Scottish Leaving Certificate Examination, 1951
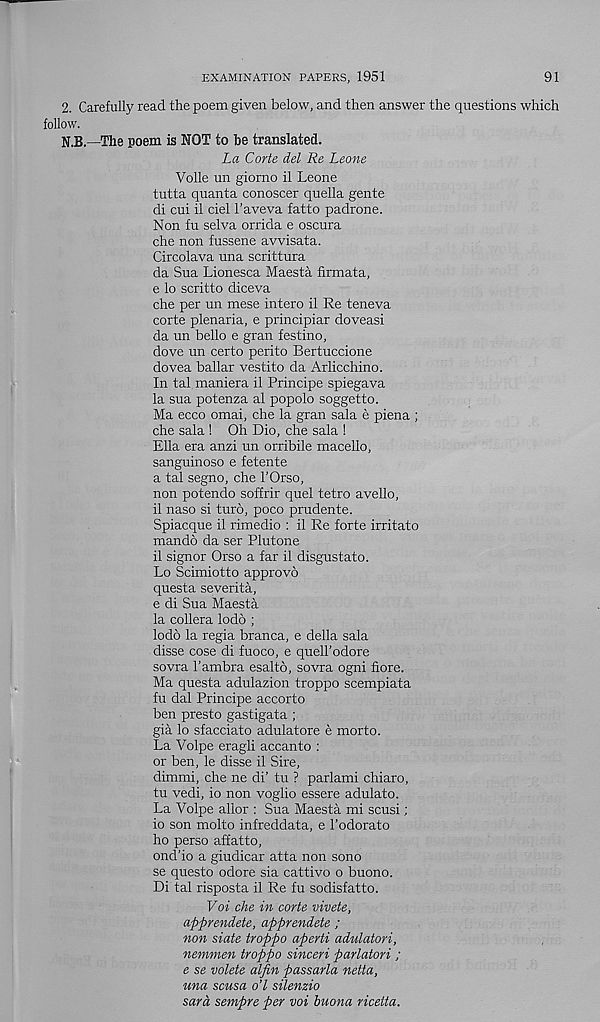
EXAMINATION PAPERS, 1951
91
—
2. Carefully read the poem given below, and then answer the questions which
follow.
The poem is NOT to be translated.
La Carte del Re Leone
Voile un giorno il Leone
tutta quanta conoscer quella gente
di cui il ciel 1’aveva fatto padrone.
Non fu selva orrida e oscura
che non fussene avvisata.
Circolava una scrittura
da Sua Lionesca Maesta firmata,
e lo scritto diceva
che per un mese intero il Re teneva
corte plenaria, e principiar doveasi
da un bello e gran festino,
dove un certo perito Bertuccione
dovea ballar vestito da Arlicchino.
In tal maniera il Principe spiegava
la sua potenza al popolo soggetto.
Ma ecco omai, che la gran sala e plena ;
che sala ! Oh Dio, che sala !
Ella era anzi un orribile macello,
sanguinoso e fetente
a tal segno, che 1’Orso,
non potendo soffrir quel tetro avello,
il naso si turo, poco prudente.
Spiacque il rimedio : il Re forte irritate
mando da ser Plutone
il signor Orso a far il disgustato.
Lo Scimiotto approve
questa severita,
e di Sua Maesta
la collera lodo ;
lodo la regia branca, e della sala
disse cose di fuoco, e quell’odore
sovra I’ambra esalto, sovra ogni fiore.
Ma questa adulazion troppo scempiata
fu dal Principe accorto
ben presto gastigata ;
gia lo sfacciato adulatore e morto.
La Volpe eragli accanto :
or ben, le disse il Sire,
dimmi, che ne di’ tu ? parlami chiaro,
tu vedi, io non voglio essere adulato.
La Volpe allor : Sua Maesta mi scusi;
io son molto infreddata, e 1’odorato
ho perso affatto,
ond’io a giudicar atta non sono
se questo odore sia cattivo o buono.
Di tal risposta il Re fu sodisfatto.
Voi che in corte vivete,
apprendete, apprendete ;
non state troppo aperti adulatori,
nemmen troppo sinceri parlatori ;
e se volete alfin passarla netta,
una scusa o’l silenzio
sard sempre per voi buona riceita.